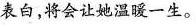
表白，将会让她温暖一生。